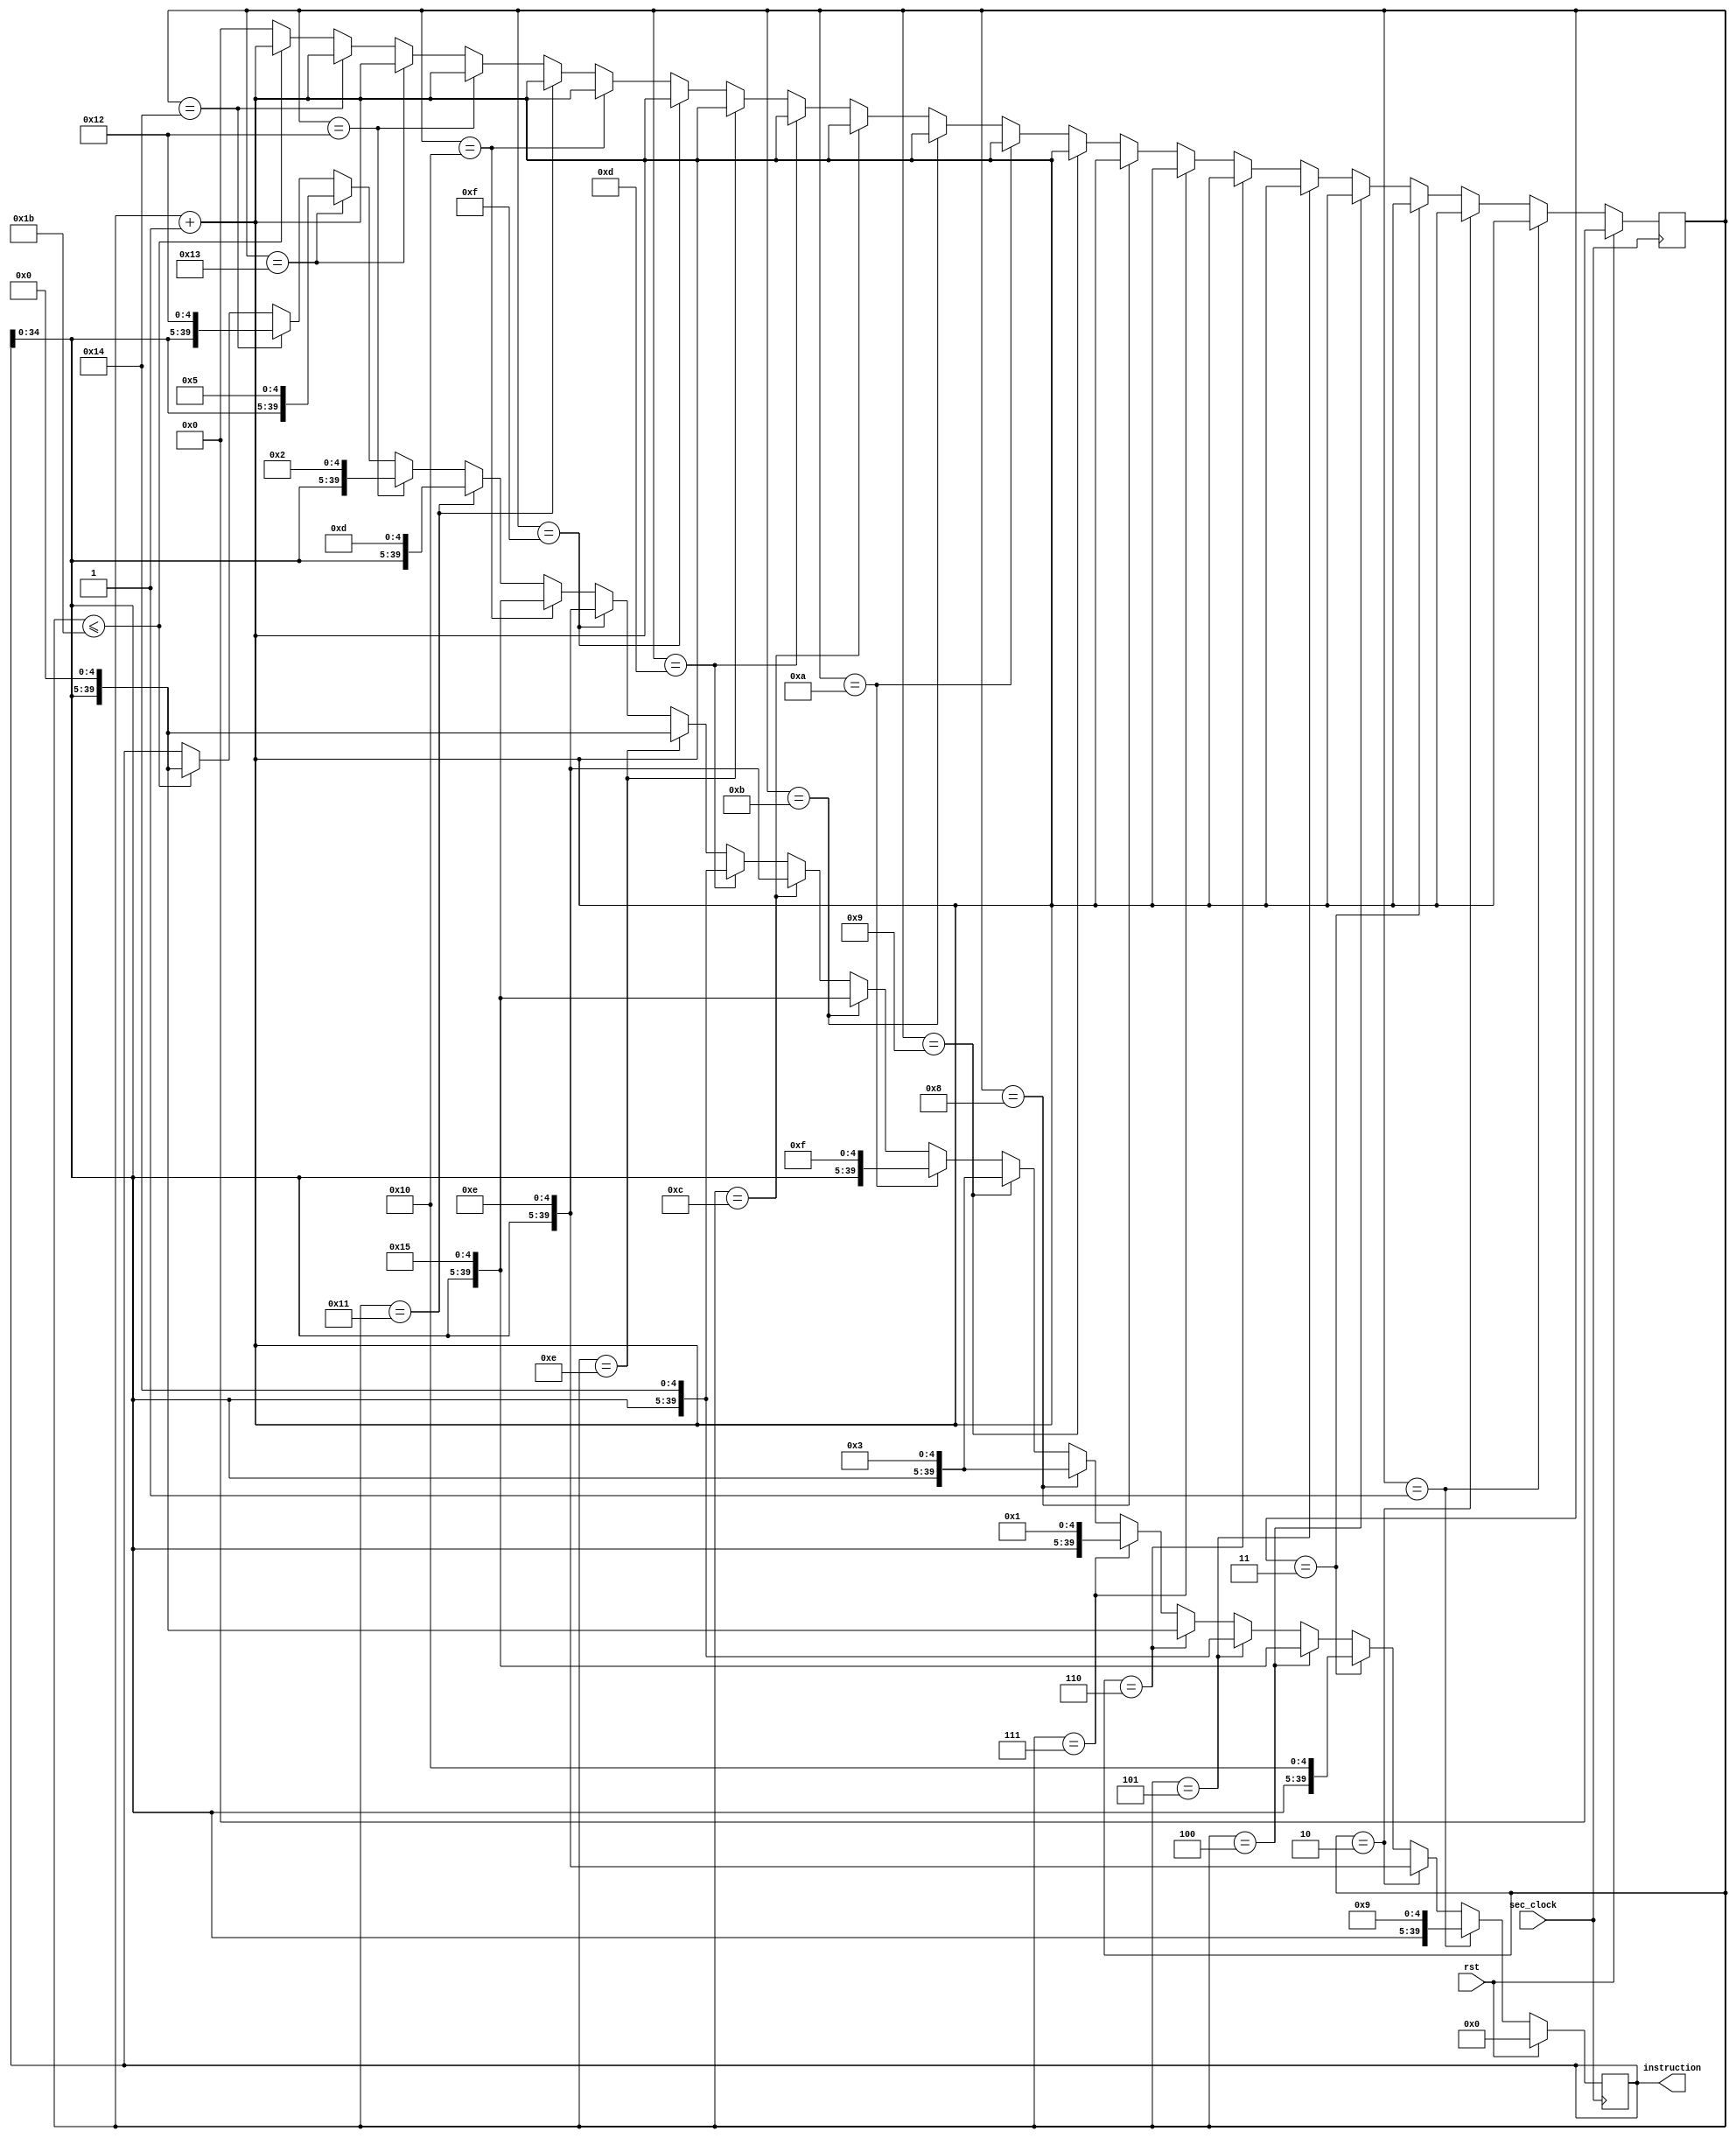
`timescale 1ns / 1ps
//////////////////////////////////////////////////////////////////////////////////
// Company: 
// Engineer: 
// 
// Design Name: 
// Module Name: inst_input_acc_num
// Project Name: 
// Target Devices: 
// Tool Versions: 
// Description: 
// 
// Dependencies: 
// 
// Revision:
// Revision 0.01 - File Created
// Additional Comments:
// 
//////////////////////////////////////////////////////////////////////////////////


module inst_input_acc_num(
    input sec_clock,
    input rst,
    output [39:0] instruction
    );
    
    reg[39:0] temp = 40'b0000000000000000000000000000000000000000;
    reg[7:0] count;
    
    
    always@(posedge sec_clock)
    begin
        if (rst == 1)
        begin
            count <= 0;
            temp = 40'b0000000000000000000000000000000000000000;
        end
        else
        begin
            count <= count + 1;
            if (count == 1)
            begin
                temp = { temp[34:0], 5'b01001};
            end
            else if (count == 2)
            begin
                temp = { temp[34:0], 5'b01110};
            end
            else if (count == 3)
            begin
                temp = { temp[34:0], 5'b10000};
            end
            else if (count == 4)
            begin
                temp = { temp[34:0], 5'b10101};
            end
            else if (count == 5)
            begin
                temp = { temp[34:0], 5'b10100};
            end
            else if (count == 6)
            begin
                temp = { temp[34:0], 5'b00000};
            end
            else if (count == 7)
            begin
                temp = { temp[34:0], 5'b00001};
            end
            else if (count == 8)
            begin
                temp = { temp[34:0], 5'b00011};
            end
            else if (count == 9)
            begin
                temp = { temp[34:0], 5'b00011};
            end
            else if (count == 10)
            begin
                temp = { temp[34:0], 5'b01111};
            end
            else if (count == 11)
            begin
                temp = { temp[34:0], 5'b10101};
            end
            else if (count == 12)
            begin
                temp = { temp[34:0], 5'b01110};
            end
            else if (count == 13)
            begin
                temp = { temp[34:0], 5'b10100};
            end
            else if (count == 14)
            begin
                temp = { temp[34:0], 5'b00000};
            end
            else if (count == 15)
            begin
                temp = { temp[34:0], 5'b01110};
            end
            else if (count == 16)
            begin
                temp = { temp[34:0], 5'b10101};
            end
            else if (count == 17)
            begin
                temp = { temp[34:0], 5'b01101};
            end
            else if (count == 18)
            begin
                temp = { temp[34:0], 5'b00010};
            end
            else if (count == 19)
            begin
                temp = { temp[34:0], 5'b00101};
            end
            else if (count == 20)
            begin
                temp = { temp[34:0], 5'b10010};
            end
            else
            begin
                if( count<= 27)
                    temp <= { temp[34:0],5'b00000};
                else
                    count <= 0;
            end
        end
    end
    
    assign instruction = temp;
endmodule